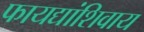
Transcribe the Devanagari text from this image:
फायद्यांशिवाय